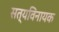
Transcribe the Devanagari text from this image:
सत्यविनायक